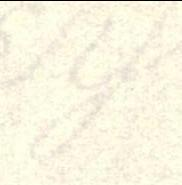
y